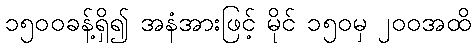
၁၅၀၀ခန့်ရှိ၍ အနံအားဖြင့် မိုင် ၁၅၀မှ ၂၀၀အထိ